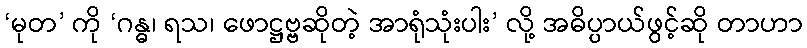
‘မုတ’ ကို ‘ဂန္ဓ၊ ရသ၊ ဖောဋ္ဌဗ္ဗဆိုတဲ့ အာရုံသုံးပါး’ လို့ အဓိပ္ပာယ်ဖွင့်ဆို တာဟာ